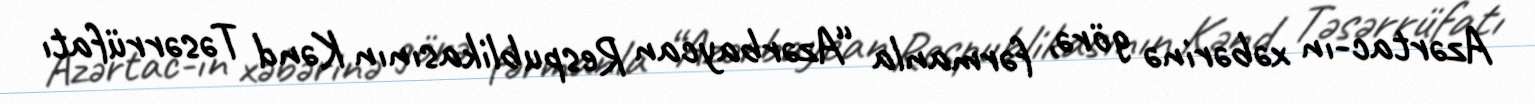
Azərtac-ın xəbərinə görə, fərmanla “Azərbaycan Respublikasının Kənd Təsərrüfatı